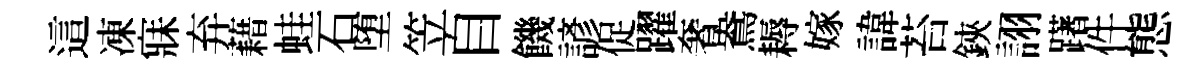
這凍寐弃藉蛙石堕笠自饑諺促躍奢鴦耨嫁諱苔鋏詡躇件態